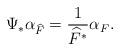
LaTeX: \begin{align*}\Psi_*\alpha_{\widehat{F}} = \frac{1}{\widehat{F}^*}\alpha_F. \end{align*}